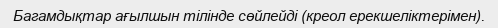
Багамдықтар ағылшын тілінде сөйлейді (креол ерекшеліктерімен).